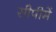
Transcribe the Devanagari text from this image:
सीपीमें